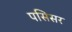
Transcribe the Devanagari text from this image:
पसिसर